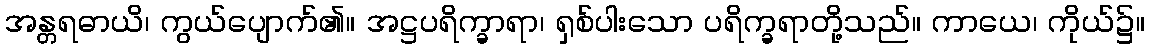
အန္တရဓာယိ၊ ကွယ်ပျောက်၏။ အဋ္ဌပရိက္ခာရာ၊ ရှစ်ပါးသော ပရိက္ခရာတို့သည်။ ကာယေ၊ ကိုယ်၌။